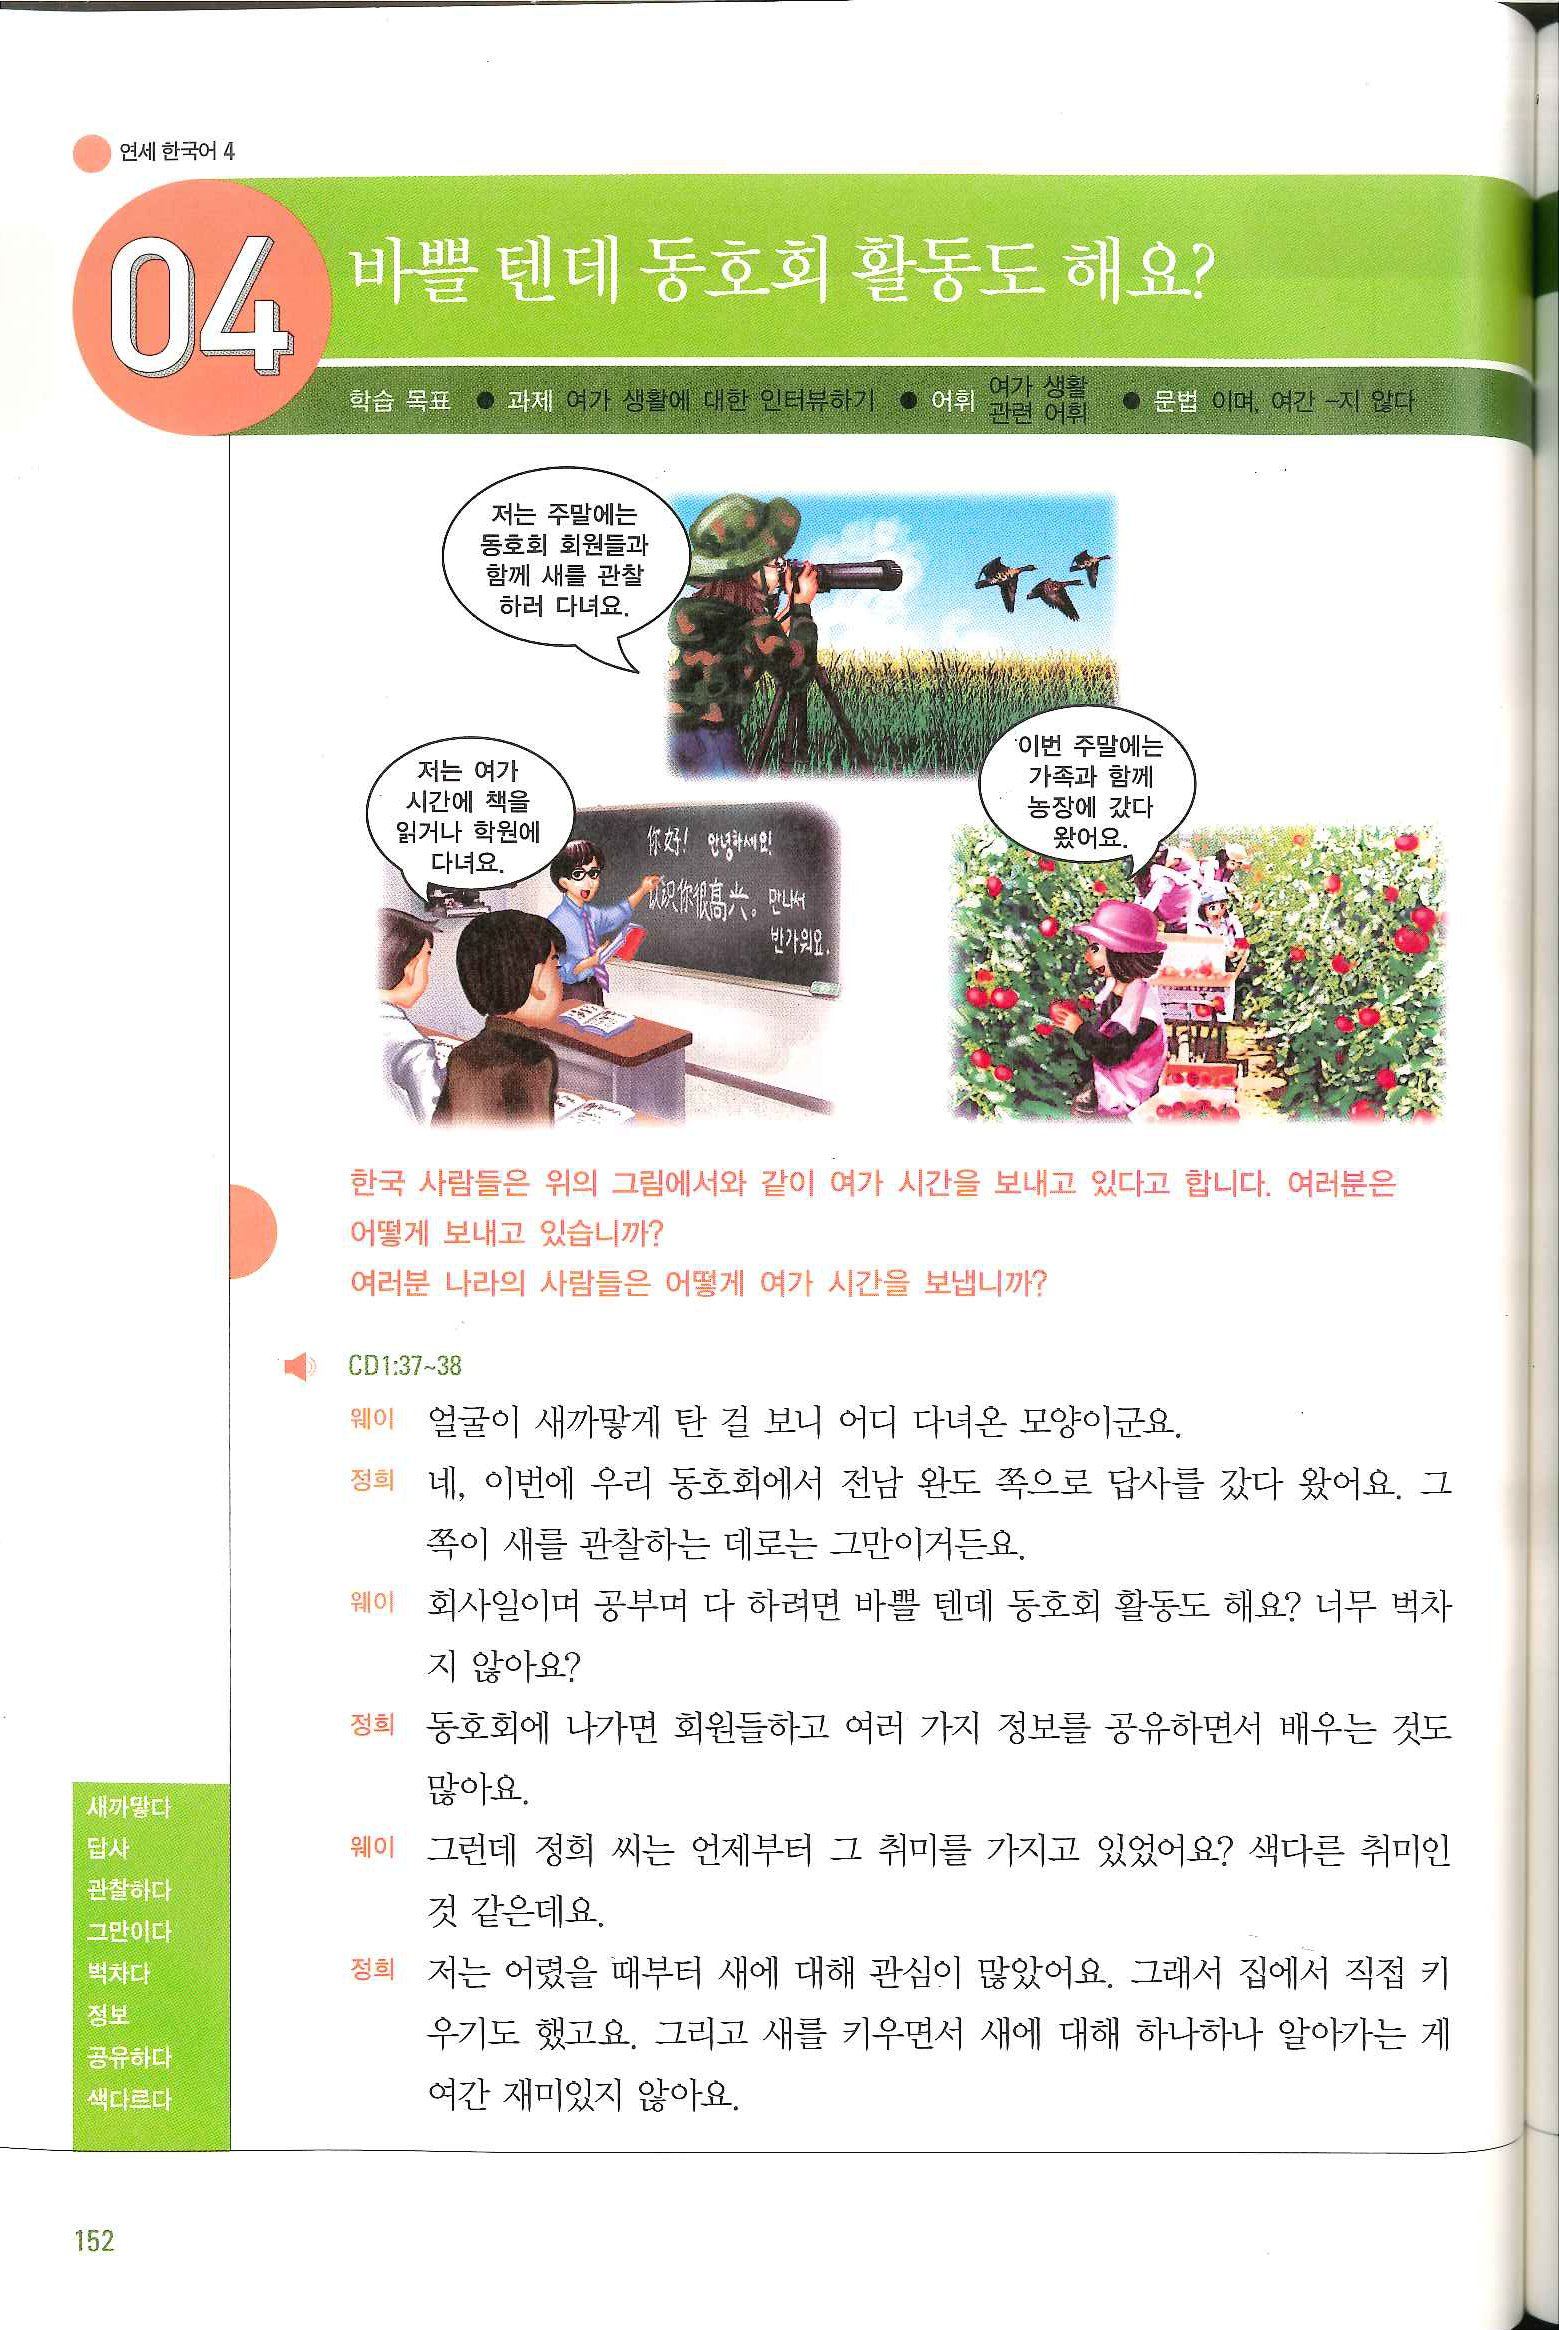
Language: ko